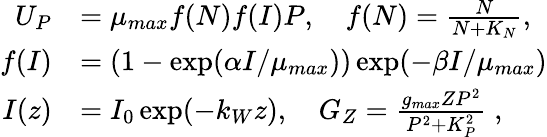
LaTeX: \begin{array}{rl}{U_{P}}&{=\mu_{max}f(N)f(I)P,\quad f(N)=\frac{N}{N+K_{N}},}\\ {f(I)}&{=(1-\exp(\alpha I/\mu_{max}))\exp(-\beta I/\mu_{max})}\\ {I(z)}&{=I_{0}\exp(-k_{W}z),\quad G_{Z}=\frac{g_{max}ZP^{2}}{P^{2}+K_{P}^{2}}\; ,}\end{array}